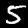
Digit: 5